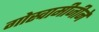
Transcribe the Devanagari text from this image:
गोस्वामीजीने